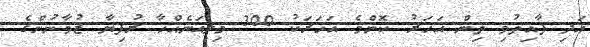
އަދި ފާއިތުވި ތިން އަހަރު ކޮންމެ އަހަރަކު 300 މިލިއަނެއްހާ ރުފިޔާ ޒުވާނުންގެ